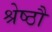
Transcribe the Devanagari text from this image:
श्रेष्ठौ